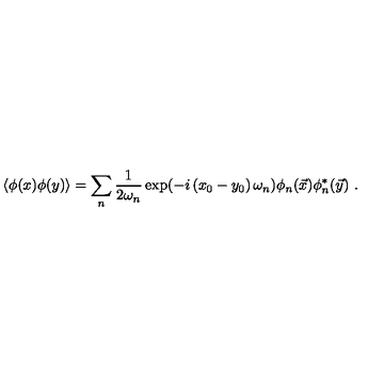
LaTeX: \left\langle \phi ( x ) \phi ( y ) \right\rangle = \sum _ { n } \frac { 1 } { 2 \omega _ { n } } \exp ( - i \left( x _ { 0 } - y _ { 0 } \right) \omega _ { n } ) \phi _ { n } ( \vec { x } ) \phi _ { n } ^ { * } ( \vec { y } ) \ .